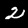
Label: 2